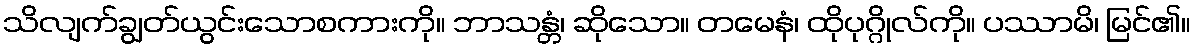
သိလျက်ချွတ်ယွင်းသောစကားကို။ ဘာသန္တံ၊ ဆိုသော။ တမေနံ၊ ထိုပုဂ္ဂိုလ်ကို။ ပဿာမိ၊ မြင်၏။